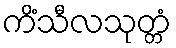
ကိံသီလသုတ္တံ